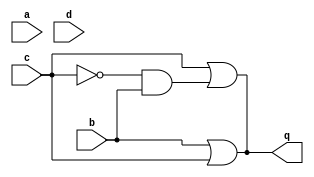
module top_module (
    input a,
    input b,
    input c,
    input d,
    output q );//

    // Solution1 (Mine)
    assign q = c | ~c&b;

    // Solution2 
    assign q = (b || c); // Fix me

endmodule